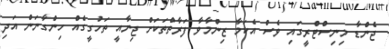
ޖެންޑާ މިނިސްޓްރީގައި ވެސް އެކަމާ ޒިންމާވާ ފަރާތްތަކަށް ޖިނާއީ ތަހުގީގެއް ހިންގާނަން އަދި